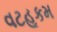
વટહૂકમ